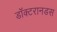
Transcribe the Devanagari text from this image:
डॉक्टरानडस